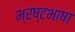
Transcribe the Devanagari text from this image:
भ्रष्टभाषा